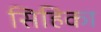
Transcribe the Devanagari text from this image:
सिहिका